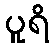
ပူရိ